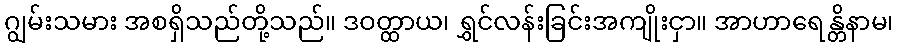
ဂျွမ်းသမား အစရှိသည်တို့သည်။ ဒဝတ္ထာယ၊ ရွှင်လန်းခြင်းအကျိုးငှာ။ အာဟာရေန္တိနာမ၊